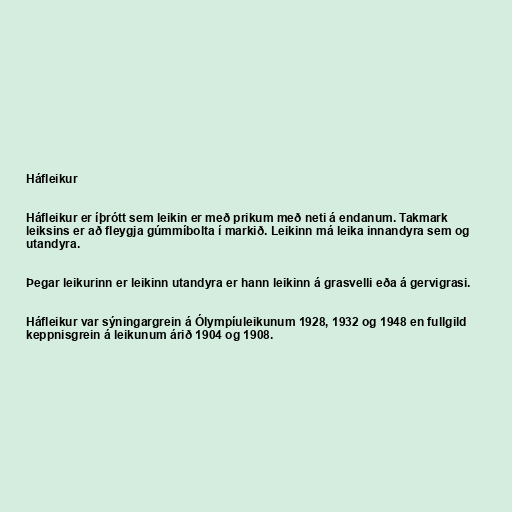
Háfleikur

Háfleikur er íþrótt sem leikin er með prikum með neti á endanum. Takmark
leiksins er að fleygja gúmmíbolta í markið. Leikinn má leika innandyra sem og
utandyra.

Þegar leikurinn er leikinn utandyra er hann leikinn á grasvelli eða á gervigrasi.

Háfleikur var sýningargrein á Ólympíuleikunum 1928, 1932 og 1948 en fullgild
keppnisgrein á leikunum árið 1904 og 1908.